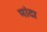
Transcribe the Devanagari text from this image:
मांदा